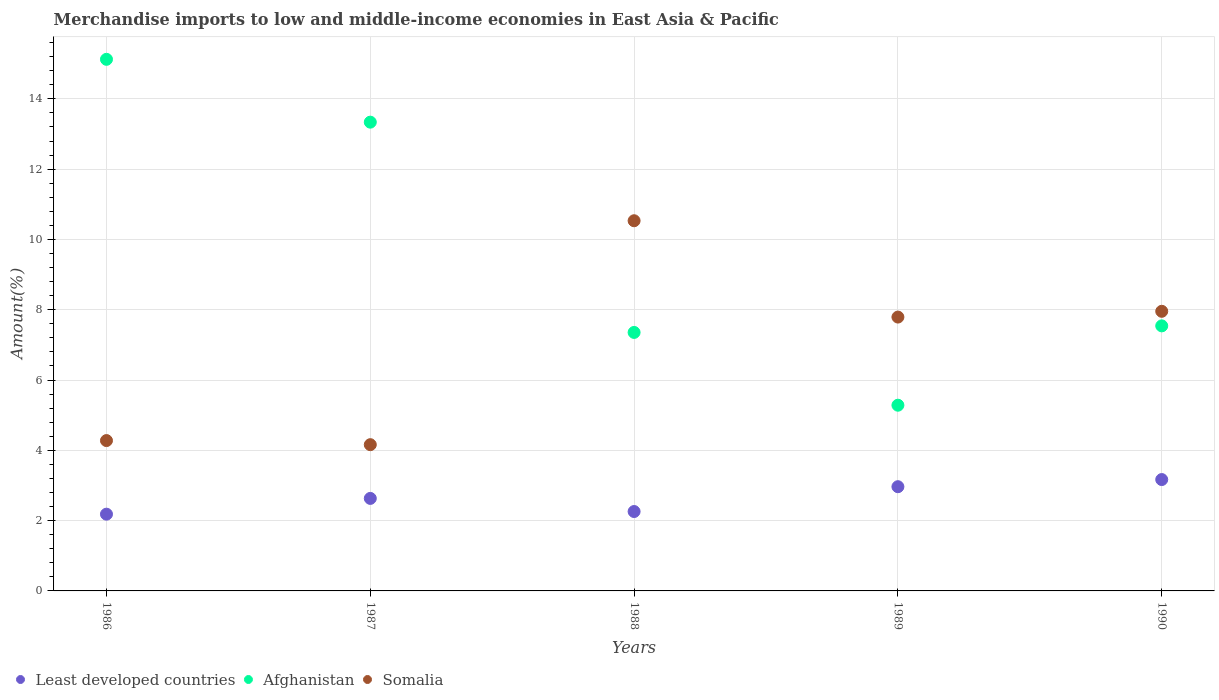
| Years | Least developed countries | Afghanistan | Somalia |
 | --- | --- | --- | --- |
 | 1986 | 2.18 | 15.1 | 4.28 |
 | 1987 | 2.63 | 13.3 | 4.16 |
 | 1988 | 2.26 | 7.35 | 10.5 |
 | 1989 | 2.97 | 5.28 | 7.79 |
 | 1990 | 3.17 | 7.54 | 7.96 |